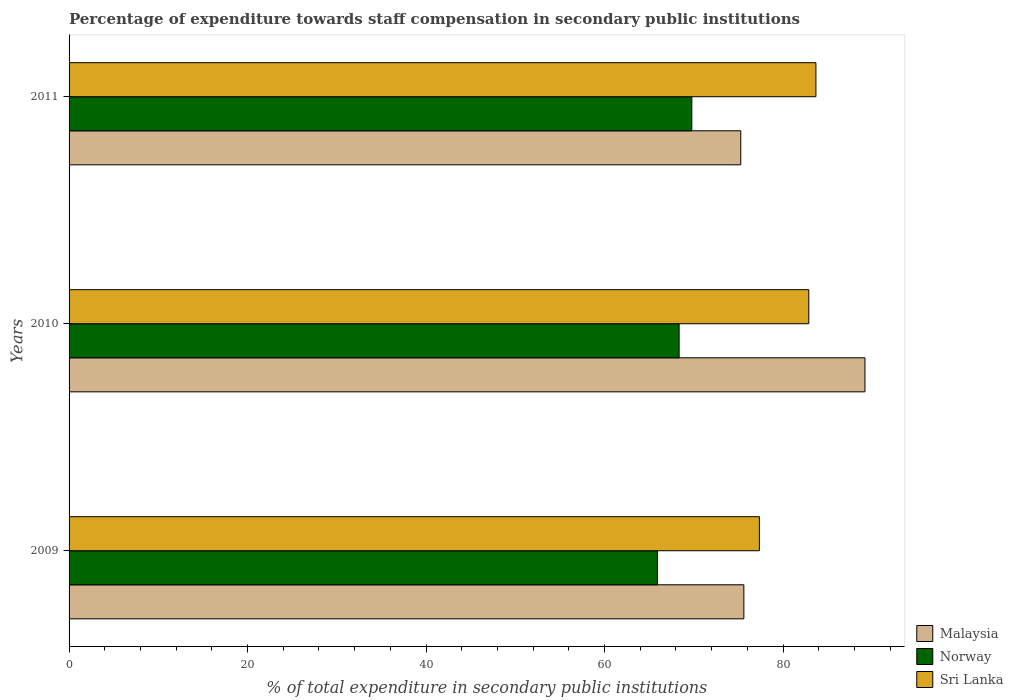
| Years | Malaysia | Norway | Sri Lanka |
 | --- | --- | --- | --- |
 | 2009 | 75.6 | 65.9 | 77.4 |
 | 2010 | 89.2 | 68.4 | 82.9 |
 | 2011 | 75.3 | 69.8 | 83.7 |